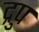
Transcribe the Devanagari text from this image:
द्रुप